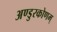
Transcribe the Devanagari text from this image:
अण्डुरकोणम्